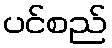
ပင်စည်